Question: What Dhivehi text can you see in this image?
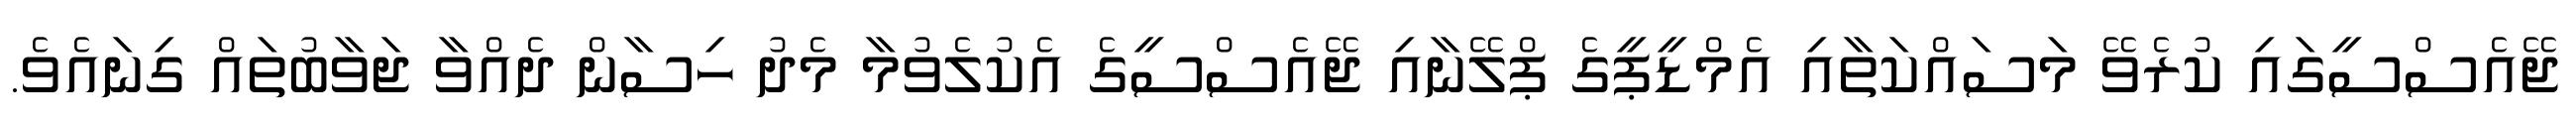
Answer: ޖޭއެސްސީގައި ކުރެވޭ މަސައްކަތާއި އެމްޑީޕީގެ ޕްލޭނާއި ޖޭއެސްސީގެ އެކުލެވުމާ މެދު ހިސާން ދެއްވާ ޖަވާބުތައް ގިނައެވެ.